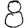
Digit: 8